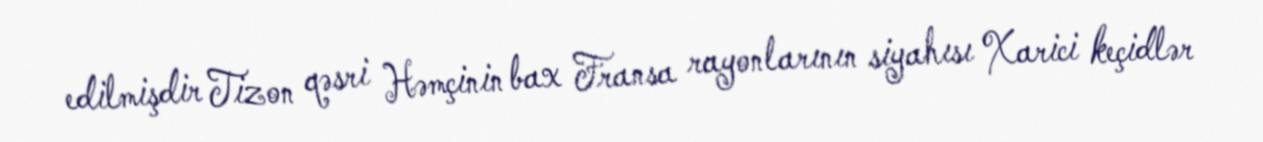
edilmişdir Tizon qəsri Həmçinin bax Fransa rayonlarının siyahısı Xarici keçidlər